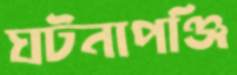
ঘটনাপঞ্জি